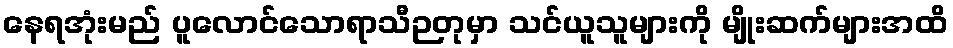
နေရအုံးမည် ပူလောင်သောရာသီဉတုမှာ သင်ယူသူများကို မျိုးဆက်များအထိ